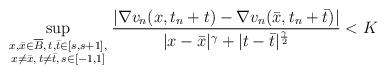
LaTeX: \begin{align*}\sup_{\genfrac{}{}{0pt}{}{\scriptstyle{x,\bar x\in \overline{B},\, t,\bar t\in[s,s+1],}}{{\scriptstyle{x \not= \bar x,\, t \not= \bar t,\, s\in[-1,1]}}}} \frac{|\nabla v_n(x,t_n+t)-\nabla v_n(\bar x,t_n+\bar t)|}{|x-\bar x|^\gamma+|t-\bar t|^{\frac{\gamma}{2}}}< K\end{align*}